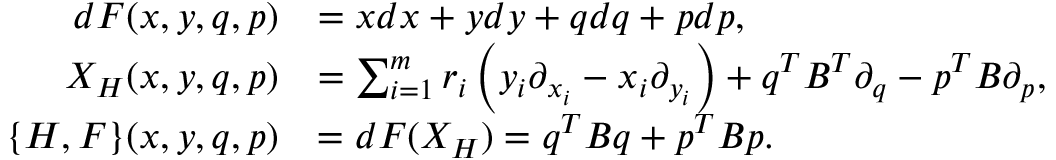
\begin{array} { r l } { d F ( x , y , q , p ) } & { = x d x + y d y + q d q + p d p , } \\ { X _ { H } ( x , y , q , p ) } & { = \sum _ { i = 1 } ^ { m } r _ { i } \left( y _ { i } \partial _ { x _ { i } } - x _ { i } \partial _ { y _ { i } } \right) + q ^ { T } B ^ { T } \partial _ { q } - p ^ { T } B \partial _ { p } , } \\ { \{ H , F \} ( x , y , q , p ) } & { = d F ( X _ { H } ) = q ^ { T } B q + p ^ { T } B p . } \end{array}